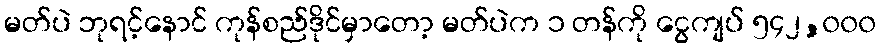
မတ်ပဲ ဘုရင့်နောင် ကုန်စည်ဒိုင်မှာတော့ မတ်ပဲက ၁ တန်ကို ငွေကျပ် ၅၄၂,၀၀၀